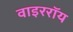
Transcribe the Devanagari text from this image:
वाइररॉय